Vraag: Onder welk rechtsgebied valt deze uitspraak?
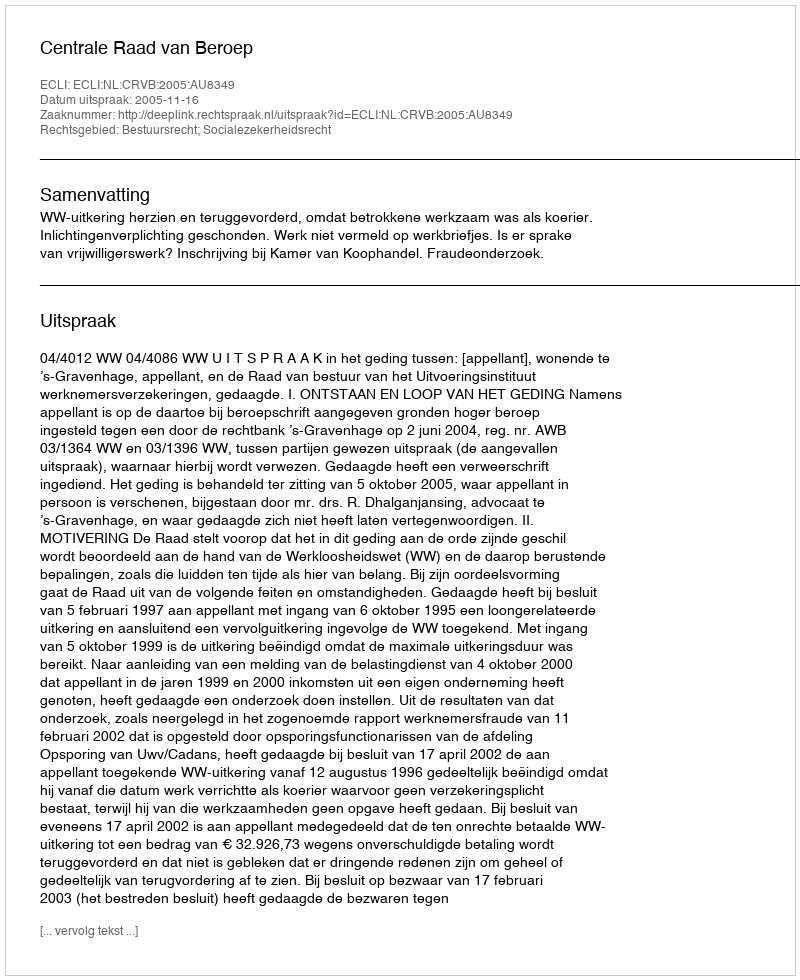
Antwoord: Bestuursrecht; Socialezekerheidsrecht